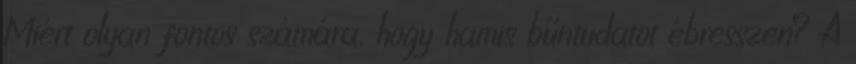
Miért olyan fontos számára, hogy hamis bűntudatot ébresszen? A